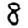
Digit: 8